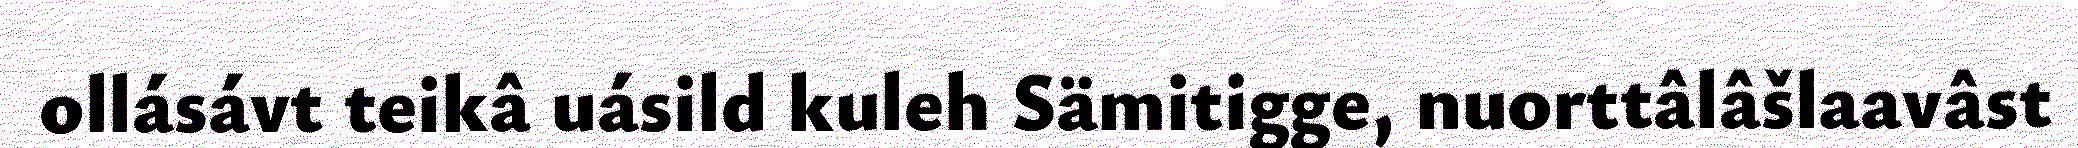
ollásávt teikâ uásild kuleh Sämitigge, nuorttâlâšlaavâst